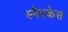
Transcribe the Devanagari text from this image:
स्नैपकेस